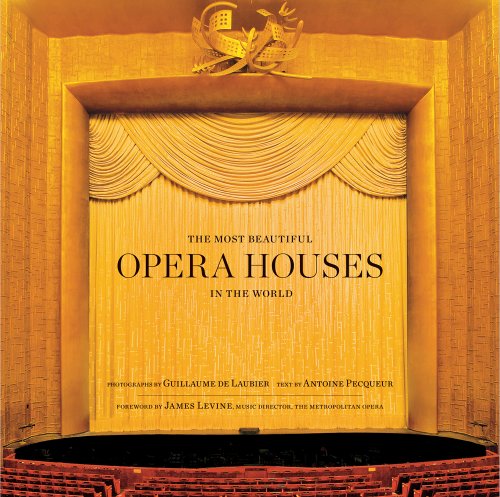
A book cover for The Most Beautiful Opera Houses in the World; Arts & Photography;